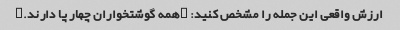
ارزش واقعی این جمله را مشخص کنید: "همه گوشتخواران چهار پا دارند."